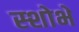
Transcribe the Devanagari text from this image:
स्शोभे